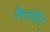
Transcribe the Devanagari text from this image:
नैषधचरित्‌